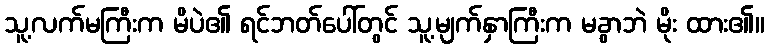
သူ့လက်မကြီးက မိပဲ၏ ရင်ဘတ်ပေါ်တွင် သူ့မျက်နှာကြီးက မခွာဘဲ မိုး ထား၏။